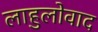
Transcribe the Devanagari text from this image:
लाहुलोवाद